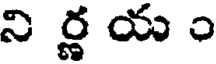
ని ర్ణ య ం